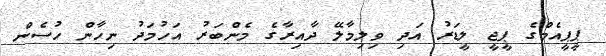
ޕީޕީއެމްގެ ޕީޖީ ލީޑަރު އަދި ވިލިމާލޭ ދާއިރާގެ މެންބަރު އަހުމަދު ނިހާން ހުސެން